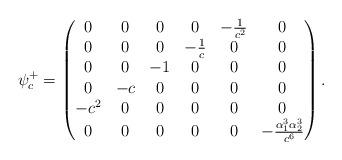
LaTeX: \begin{align*}\psi_{c}^{+} = \begin{pmatrix}0 & 0& 0& 0& -\frac{1}{c^2} & 0 \\ 0& 0& 0& -\frac{1}{c} & 0 & 0 \\ 0& 0& -1 & 0 & 0 & 0 \\ 0& -c& 0 & 0 & 0 & 0 \\ - c^2& 0& 0 & 0 & 0 & 0 \\ 0& 0& 0 & 0 & 0 & - \frac{\alpha_1^3\alpha_2^3}{c^6} \\ \end{pmatrix}.\end{align*}